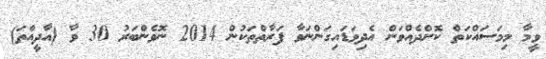
ވީމާ މިމަސައްކަތް ކޮށްދެއްވަން އެދިވަޑައިގަންނަވާ ފަރާތްތަކުން 2014 ނޮވެންބަރު 30 ވާ (އާދީއްތަ)